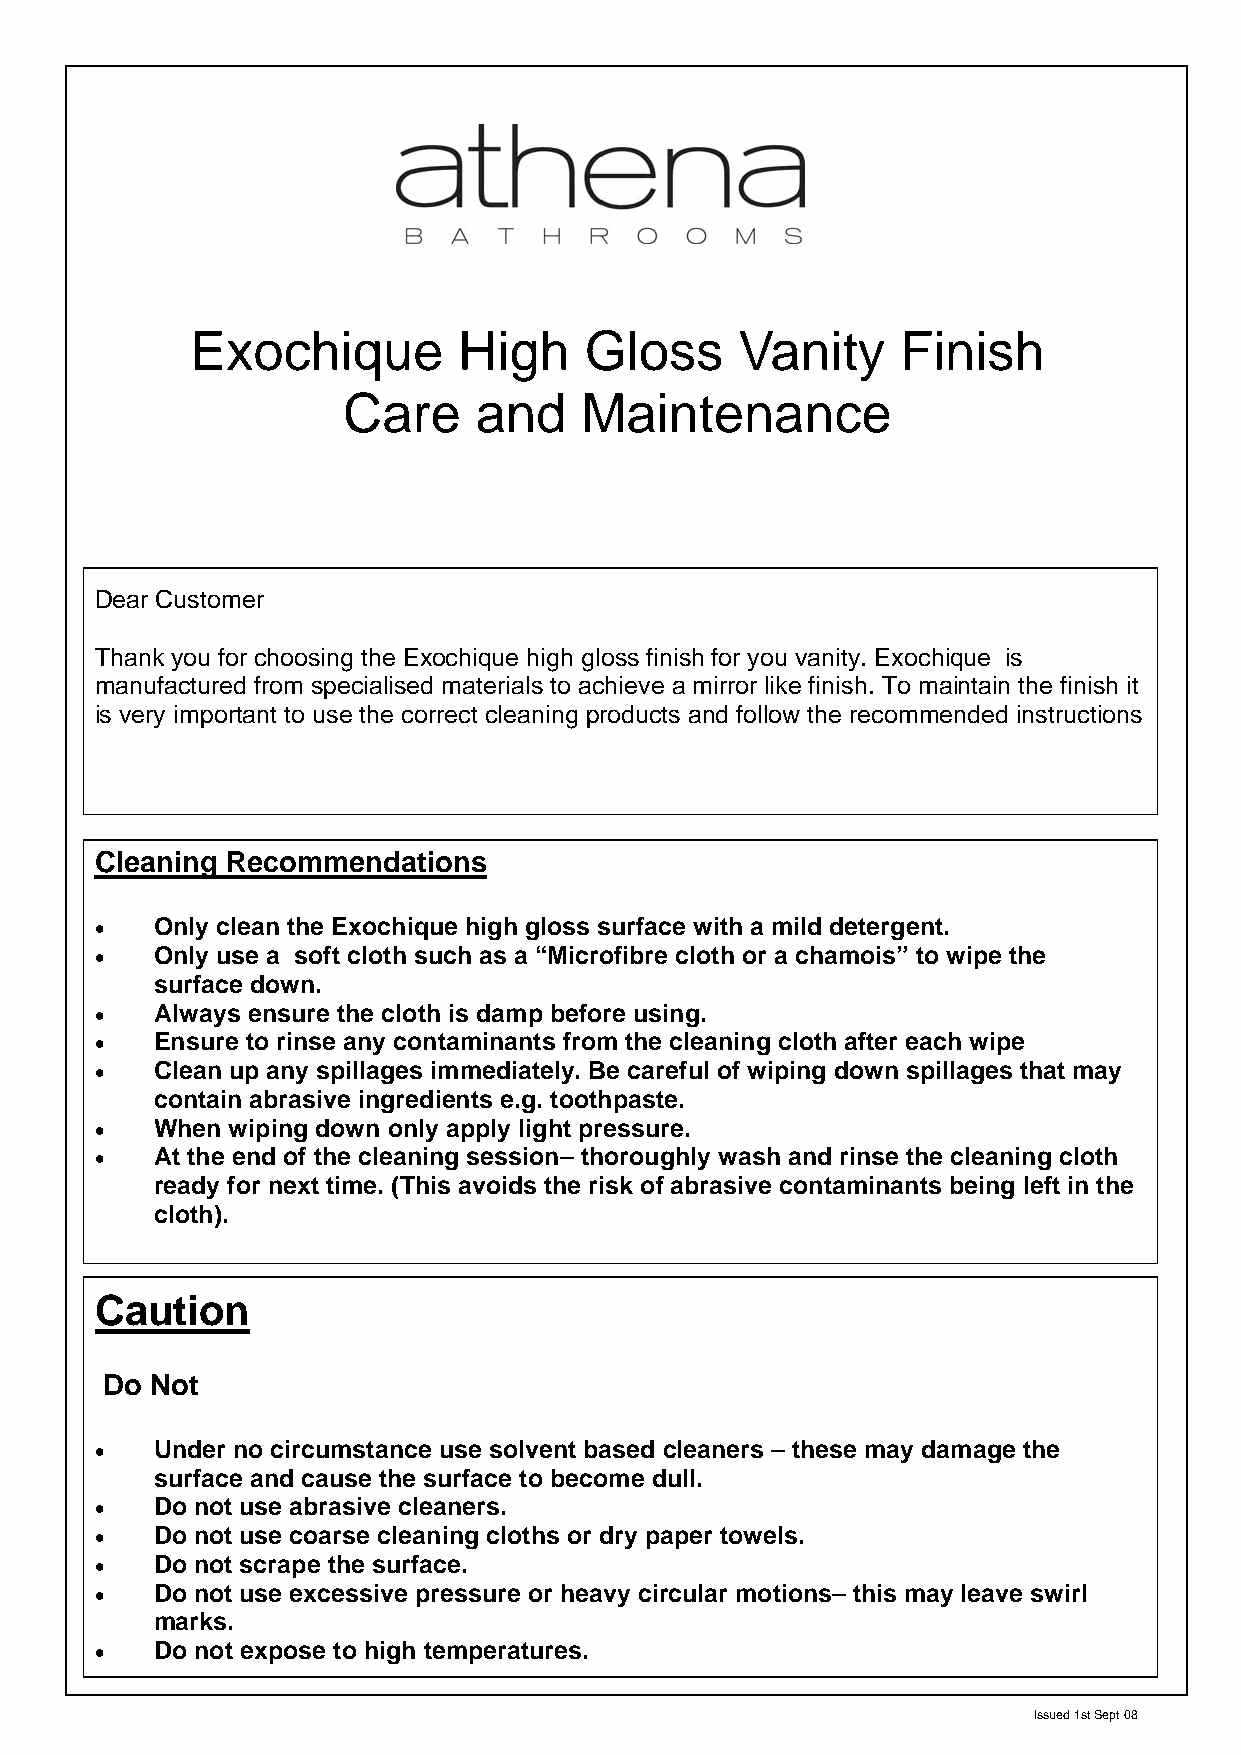
Exochique        High     Gloss     Vanity     Finish
 Care    and    Maintenance
 Dear Customer
 Thank you for choosing the Exochique high gloss finish for you vanity. Exochique is
 manufactured from specialised materials to achieve a mirror like finish. To maintain the finish it
 is very important to use the correct cleaning products and follow the recommended instructions
 Cleaning Recommendations
 •   Only clean the Exochique high gloss surface with a mild detergent.
 •   Only use a soft cloth such as a “Microfibre cloth or a chamois” to wipe the
 surface down.
 •   Always ensure the cloth is damp before using.
 •   Ensure to rinse any contaminants from the cleaning cloth after each wipe
 •   Clean up any spillages immediately. Be careful of wiping down spillages that may
 contain abrasive ingredients e.g. toothpaste.
 •   When wiping down only apply light pressure.
 •   At the end of the cleaning session– thoroughly wash and rinse the cleaning cloth
 ready for next time. (This avoids the risk of abrasive contaminants being left in the
 cloth).
 Caution
 Do Not
 •   Under no circumstance use solvent based cleaners – these may damage the
 surface and cause the surface to become dull.
 •   Do not use abrasive cleaners.
 •   Do not use coarse cleaning cloths or dry paper towels.
 •   Do not scrape the surface.
 •   Do not use excessive pressure or heavy circular motions– this may leave swirl
 marks.
 •   Do not expose to high temperatures.
 Issued 1st Sept 08